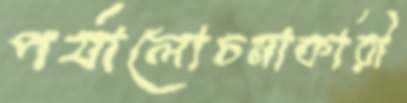
পর্যালোচনাকারী